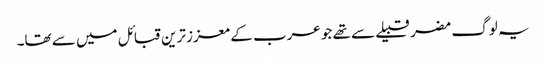
یہ لوگ مضر قبیلے سے تھے جو عرب کے معزز ترین قبائل میں سے تھا۔